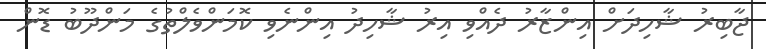
ޖާބިރު ޝާހިދަށް އިންޒާރު ދެއްވި އިރު ޝާހިދު އިންނެވި ކޮމަންވެލްތުގެ މަންދޫބު ޑޮން